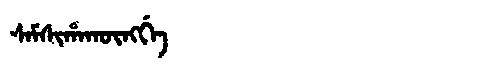
Manchu: ᠰᠠᠮᠰᡳᡥᠠᡴᡡᠩᡤᡝ
Romanization: SAMSIHAKŪNGGE